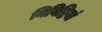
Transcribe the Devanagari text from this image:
निविष्टियां